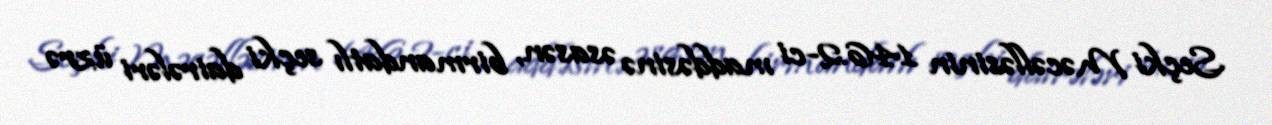
Seçki Məcəlləsinin 146.2-ci maddəsinə əsasən, birmandatlı seçki dairələri üzrə